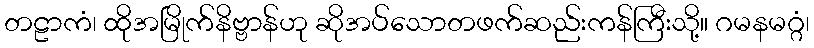
တဠာကံ၊ ထိုအမြိုက်နိဗ္ဗာန်ဟု ဆိုအပ်သောတဖက်ဆည်းကန်ကြီးသို့။ ဂမနမဂ္ဂံ၊